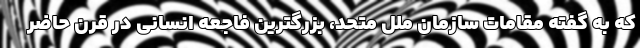
که به گفته مقامات سازمان ملل متحد، بزرگترین فاجعه انسانی در قرن حاضر